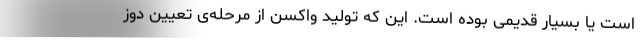
است یا بسیار قدیمی بوده است. این که تولید واکسن از مرحله‌ی تعیین دوز